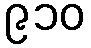
၉၁၀